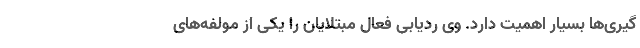
گیری‌ها بسیار اهمیت دارد. وی ردیابی فعال مبتلایان را یکی از مولفه‌های